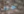
حبى